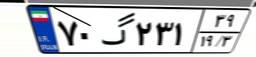
۰۱گ۹۰۵۵۰